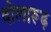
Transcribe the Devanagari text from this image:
दोलारूढ़